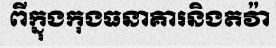
ពីក្នុងកុងធនាគារនិងតវ៉ា